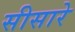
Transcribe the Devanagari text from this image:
सीसारे